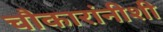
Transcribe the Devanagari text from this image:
चौकारांनीशी